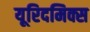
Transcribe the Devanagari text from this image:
यूरिदमिक्स